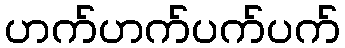
ဟက်ဟက်ပက်ပက်